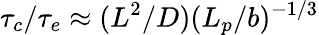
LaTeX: \tau_{c}/\tau_{e}\approx(L^{2}/D)(L_{p}/b)^{-1/3}